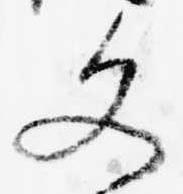
文